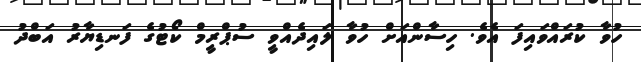
ހުވާ ކުރައްވައިފަ އެވެ. ހިސާންއަށް ހުވާ ލައިދެއްވީ ސުޕްރީމް ކޯޓުގެ ފަނޑިޔާރު އަބްދު